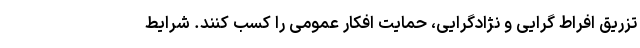
تزریق افراط گرایی و نژادگرایی، حمایت افکار عمومی را کسب کنند. شرایط